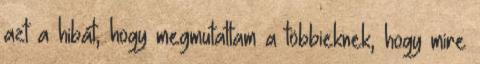
azt a hibát, hogy megmutattam a többieknek, hogy mire